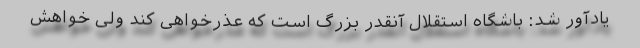
یادآور شد: باشگاه استقلال آنقدر بزرگ است که عذرخواهی کند ولی خواهش